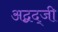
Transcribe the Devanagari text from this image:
अद्बद्जी